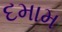
દમામ